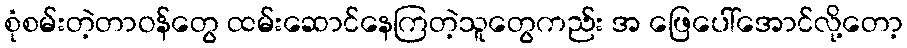
စုံစမ်းတဲ့တာဝန်တွေ ထမ်းဆောင်နေကြတဲ့သူတွေကည်း အ ဖြေပေါ်အောင်လို့တော့